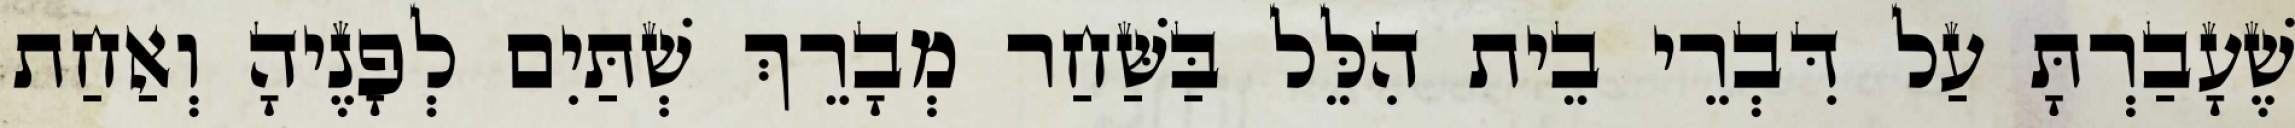
שֶׁעָבַרְתָּ עַל דִּבְרֵי בֵית הִלֵּל בַּשַּׁחַר מְבָרֵךְ שְׁתַּיִם לְפָנֶיהָ וְאַחַת